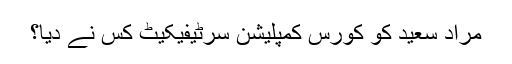
مراد سعید کو کورس کمپلیشن سرٹیفیکیٹ کس نے دیا؟